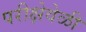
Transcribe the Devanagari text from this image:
परीक्षेवेळी